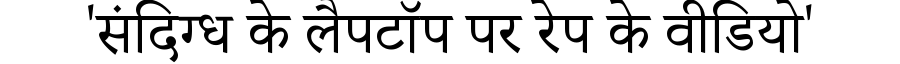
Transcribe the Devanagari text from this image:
'संदिग्ध के लैपटॉप पर रेप के वीडियो'